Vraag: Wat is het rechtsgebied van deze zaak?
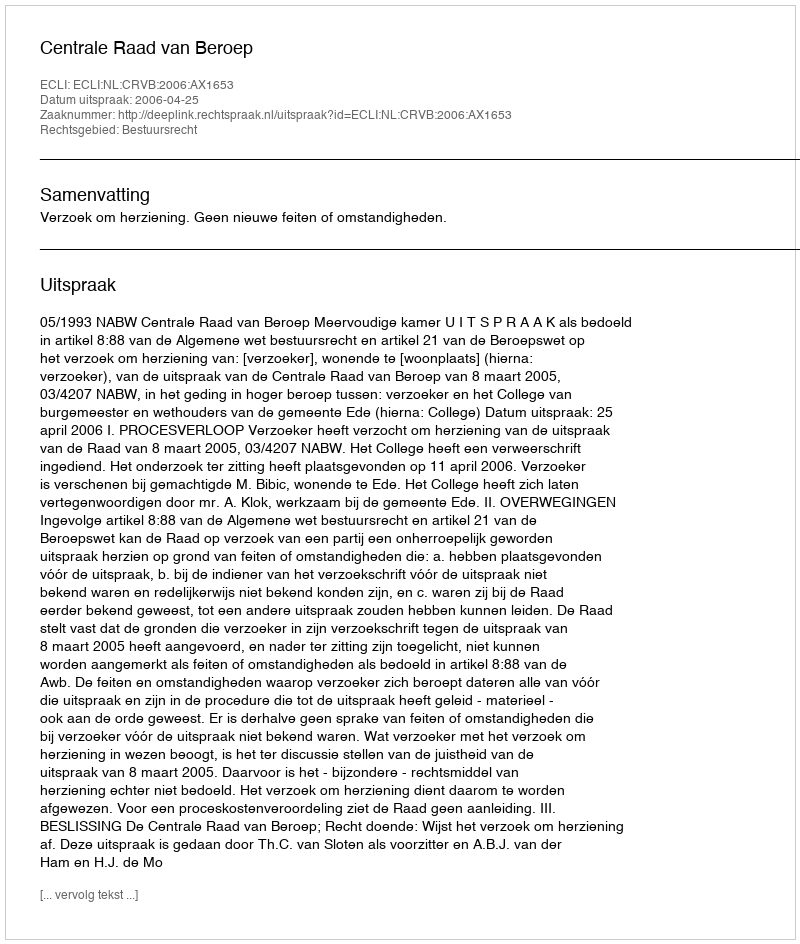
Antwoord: Bestuursrecht